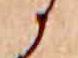
か